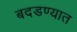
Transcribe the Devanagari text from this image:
बदडण्यात